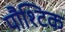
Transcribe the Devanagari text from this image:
पौश्टिक